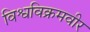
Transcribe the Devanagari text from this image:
विश्वविक्रमवीर